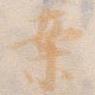
案